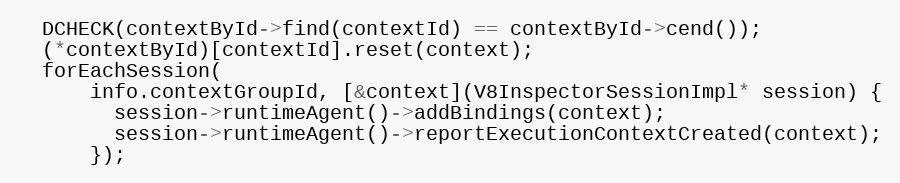
Language: C++
  DCHECK(contextById->find(contextId) == contextById->cend());
  (*contextById)[contextId].reset(context);
  forEachSession(
      info.contextGroupId, [&context](V8InspectorSessionImpl* session) {
        session->runtimeAgent()->addBindings(context);
        session->runtimeAgent()->reportExecutionContextCreated(context);
      });